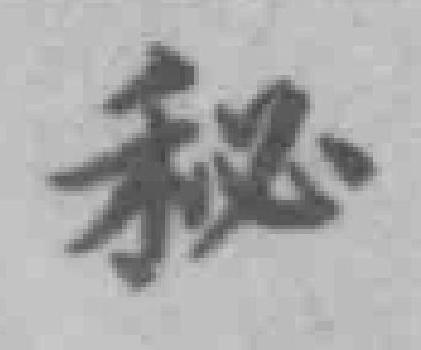
秘